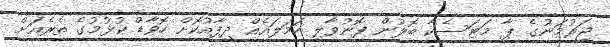
ޖަރުމަނުގެ ޕާ މަޓަސެކާ ބޮލުން ފޮނުވާލި ހަމަލައެއް ދިފާއުކޮށް ހޮވާޑް ކުޅުމުގެ ތެރެއަށް